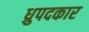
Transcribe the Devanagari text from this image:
ध्रुपदकार